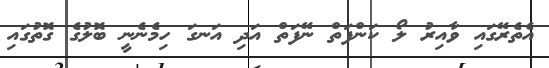
އެތެރޭގައި ވާއިރު ލޯ ކަންފަތް ނޭފަތް އަދި އަނގަ ހިމެނެނީ ބޮލުގެ ގޮތުގައި